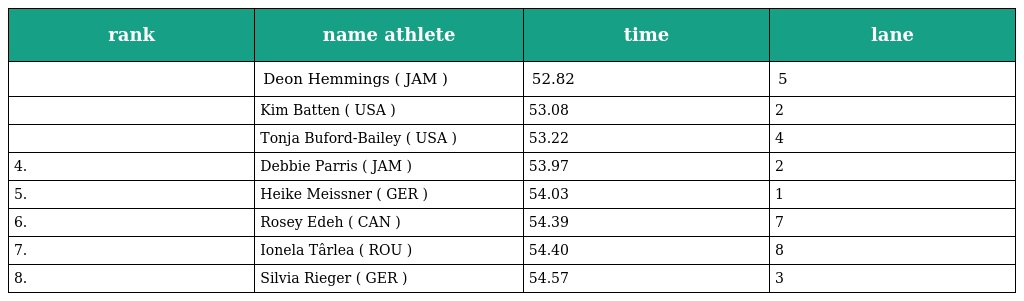
| rank | name athlete | time | lane |
 | --- | --- | --- | --- |
 |  | Deon Hemmings ( JAM ) | 52.82 | 5 |
 |  | Kim Batten ( USA ) | 53.08 | 2 |
 |  | Tonja Buford-Bailey ( USA ) | 53.22 | 4 |
 | 4. | Debbie Parris ( JAM ) | 53.97 | 2 |
 | 5. | Heike Meissner ( GER ) | 54.03 | 1 |
 | 6. | Rosey Edeh ( CAN ) | 54.39 | 7 |
 | 7. | Ionela Târlea ( ROU ) | 54.40 | 8 |
 | 8. | Silvia Rieger ( GER ) | 54.57 | 3 |